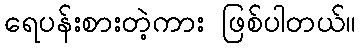
ရေပန်းစားတဲ့ကား ဖြစ်ပါတယ်။